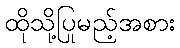
ထိုသို့ပြုမည့်အစား